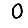
Digit: 0